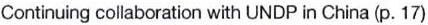
Continuing collaboration with UNDP in China (p. 17)